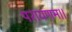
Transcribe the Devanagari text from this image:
परायणम।।